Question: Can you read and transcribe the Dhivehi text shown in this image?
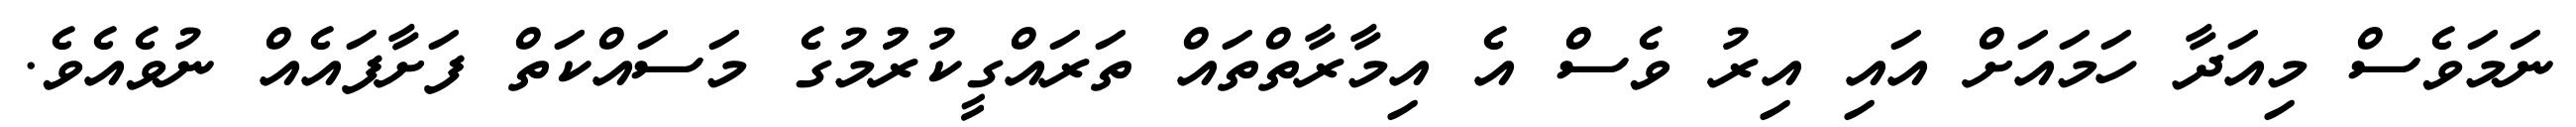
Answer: ނަމަވެސް މިއަދާ ހަމައަށް އައި އިރު ވެސް އެ އިމާރާތްތައް ތަރައްގީކުރުުމުގެ މަސައްކަތް ފަށާފައެއް ނުވެއެވެ.